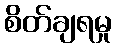
စိတ်ချရမှု